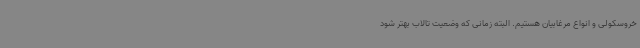
خروسکولی و انواع مرغابیان هستیم. البته زمانی که وضعیت تالاب بهتر شود